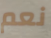
نعم